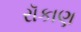
રૉકાણ